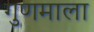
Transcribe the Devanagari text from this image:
गुणमाला